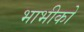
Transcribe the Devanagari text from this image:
भाभीको